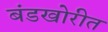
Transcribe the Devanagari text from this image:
बंडखोरीत